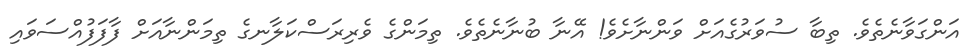
އަންގަވާނެތެވެ. ތިބާ ސުވަރުގެއަށް ވަންނާށެވެ! އޭނާ ބުނާނެތެވެ. ތިމަންގެ ވެރިރަސްކަލާނގެ ތިމަންނާއަށް ފާފަފުއްސަވައި